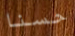
حسنا